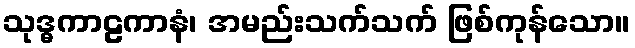
သုဒ္ဓကာဠကာနံ၊ အမည်းသက်သက် ဖြစ်ကုန်သော။